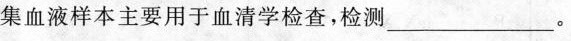
集血液样本主要用于血清学检查，检测___